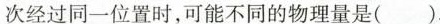
次经过同一位置时，可能不同的物理量是( ).